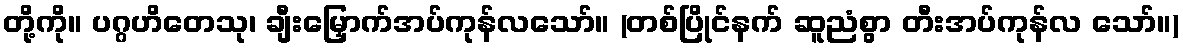
တို့ကို။ ပဂ္ဂဟိတေသု၊ ချီးမြှောက်အပ်ကုန်လသော်။ (တစ်ပြိုင်နက် ဆူညံစွာ တီးအပ်ကုန်လ သော်။)